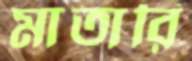
মাতারি